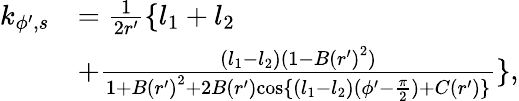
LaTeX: \begin{array}{rl}{k_{\phi^{\prime},s}}&{=\frac{1}{2r^{\prime}}\{ l_{1}+l_{2}}\\ &{+\frac{(l_{1}-l_{2})(1-{B(r^{\prime})}^{2})}{1+{B(r^{\prime})}^{2}+2{B(r^{\prime})}{\cos\{ (l_{1}-l_{2})(\phi^{\prime}-\frac{\pi}{2})+C(r^{\prime})\} }}\} ,}\end{array}